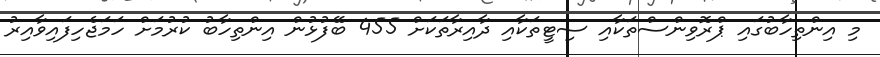
މި އިންތިހާބުގައި ޕްރޮވިންސްތަކާއި ސިޓީތަކާއި ދާއިރާތަކަށް 455 ބޭފުޅުން އިންތިހާބު ކުރުމަށް ހަމަޖެހިފައިވާއިރު